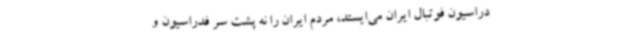
دراسیون فوتبال ایران می‌ایستد، مردم ایران را نه پشت سر فدراسیون و